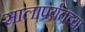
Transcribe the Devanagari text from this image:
सालापर्यंतच्या